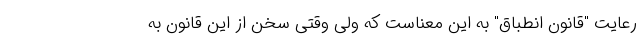
رعایت "قانون انطباق" به این معناست که ولی وقتی سخن از این قانون به